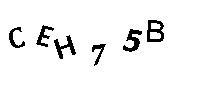
CEH75B